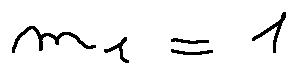
m _ { 1 } = 1